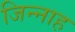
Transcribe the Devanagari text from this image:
जिन्‍नाह